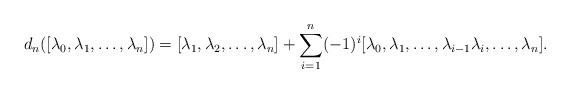
LaTeX: \begin{align*}d_n([\lambda_0, \lambda_1, \ldots, \lambda_n]) &= [\lambda_1, \lambda_2, \ldots, \lambda_n] + \sum_{i=1}^{n} (-1)^{i} [\lambda_0, \lambda_1, \ldots, \lambda_{i-1} \lambda_{i}, \ldots, \lambda_n].\end{align*}